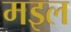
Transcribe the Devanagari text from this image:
मइल